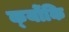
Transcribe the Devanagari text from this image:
क्‍योंकि